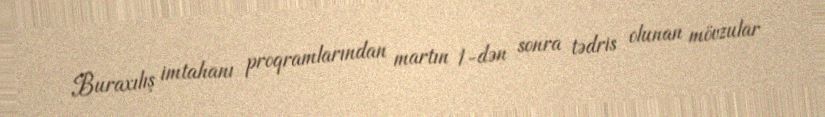
Buraxılış imtahanı proqramlarından martın 1-dən sonra tədris olunan mövzular